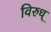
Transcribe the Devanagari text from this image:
विरुध्